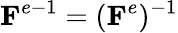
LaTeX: {\mathbf F}^{e-1}=({\mathbf F}^{e}){}^{-1}